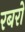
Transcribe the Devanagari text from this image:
रबरों